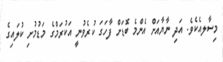
މިސާލއެކެވެ. އަދި ނާޔާއަށް އެންމެ ބޮޑަށް ފާހަގަ ކުރެވުނީ އަކުރަމްގެ މަޑުމުށި ކުލައިގެ